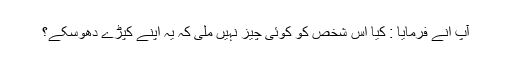
آپ انے فرمایا : کیا اس شخص کو کوئی چیز نہیں ملی کہ یہ اپنے کپڑے دھوسکے؟